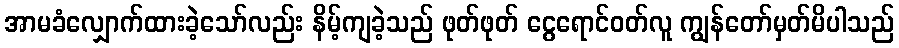
အာမခံလျှောက်ထားခဲ့သော်လည်း နိမ့်ကျခဲ့သည် ဖုတ်ဖုတ် ငွေရောင်ဝတ်လူ ကျွန်တော်မှတ်မိပါသည်